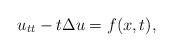
LaTeX: \begin{align*} u_{tt}-t\Delta u=f(x,t),\end{align*}